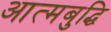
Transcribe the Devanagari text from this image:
आत्मबुद्धि